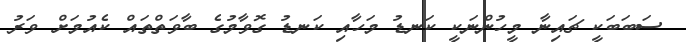
ސަބަބަކީ ޗައިނާ މީހުންނަކީ ކަނޑު މަހާއި ކަނޑު ގޮވާމުގެ ބާވަތްތައް ކެއުމަށް ވަރު